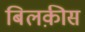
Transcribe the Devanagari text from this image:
बिलक़ीस